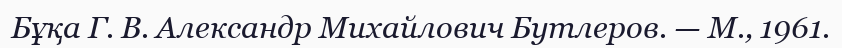
Бұқа Г. В. Александр Михайлович Бутлеров. — М., 1961.